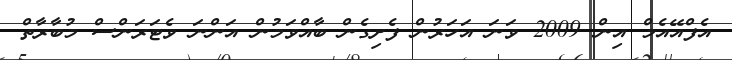
އެފްއޭއެމް އިން 2009 ވަނަ އަހަރުން ފެށިގެން ބާއްވަމުން އަންނަ ވެޓަރަންސް މުބާރާތް